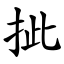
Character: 㧗